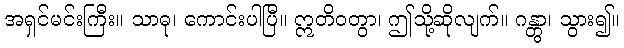
အရှင်မင်းကြီး။ သာဓု၊ ကောင်းပါပြီ။ ဣတိဝတွာ၊ ဤသို့ဆိုလျက်။ ဂန္တွာ၊ သွား၍။